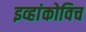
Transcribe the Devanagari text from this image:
इव्हांकोविच